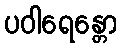
ပဝါရေန္တော